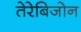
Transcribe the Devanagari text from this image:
तेरेबिजोन